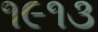
૧૯૧૩